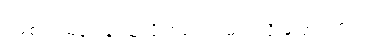
ရှမစ်က မပူပါနဲ့ သူလိုက်ပေးပါ့မယ်လို့ ပြောပါတယ်။